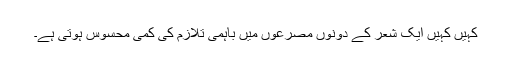
کہیں کہیں ایک شعر کے دونوں مصرعوں میں باہمی تلازم کی کمی محسوس ہوتی ہے۔